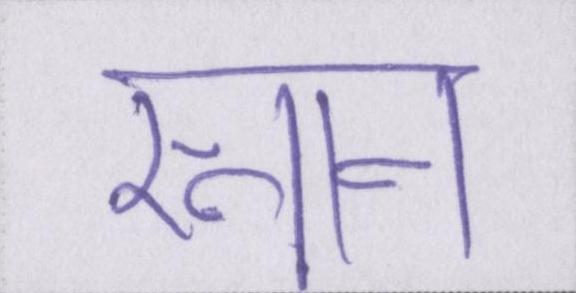
स्नान